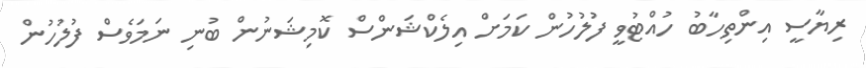
ރިޔާސީ އިންތިހާބު ހުއްޓުވީ ފުލުހުން ކަމަށް އިލެކްޝަންސް ކޮމިޝަނުން ބުނި ނަމަވެސް ފުލުހުން